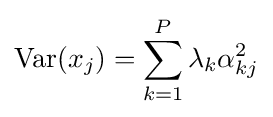
\operatorname {Var} (x_{j})=\sum _{k=1}^{P}\lambda _{k}\alpha _{kj}^{2}